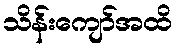
သိန်းကျော်အထိ